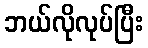
ဘယ်လိုလုပ်ပြီး